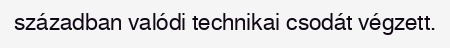
században valódi technikai csodát végzett.